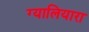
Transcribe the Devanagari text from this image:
ग्यालियारा